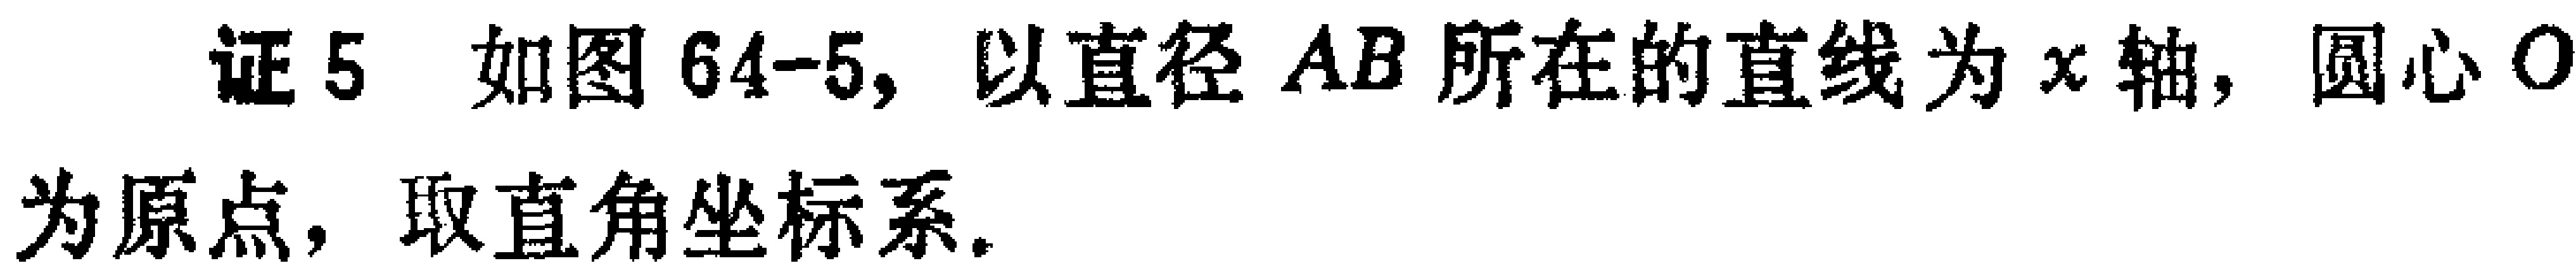
证5 如图64-5, 以直径 \(AB\) 所在的直线为 \(x\) 轴, 圆心 \(O\) 为原点, 取直角坐标系.